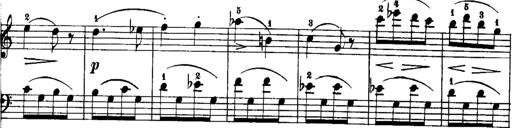
Title: Rondos and Sonatinas for Pianoforte
Composer: Daniel Steibelt